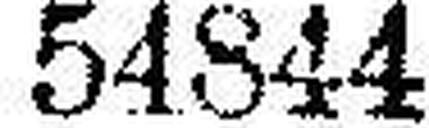
54844